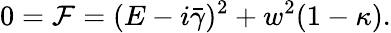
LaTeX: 0=\mathcal{F}=(E-i\bar{\gamma})^{2}+w^{2}(1-\kappa).